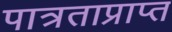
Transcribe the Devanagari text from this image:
पात्रताप्राप्त